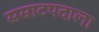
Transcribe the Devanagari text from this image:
सम्राटपदाला